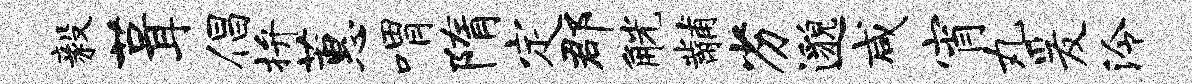
毅葺倡拚蕙喟隋定郡觥黼劣邈咸宵丸爰泠